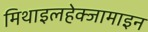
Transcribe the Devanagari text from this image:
मिथाइलहेक्जामाइन